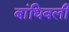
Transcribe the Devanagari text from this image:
बांधिवली